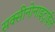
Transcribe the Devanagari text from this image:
सक्सीनोनाइट्राईल